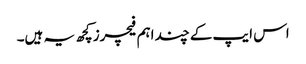
اس ایپ کے چند اہم فیچرز کچھ یہ ہیں۔